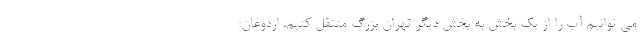
می توانیم آب را از یک بخش به بخش دیگر تهران بزرگ منتقل کنیم. اردوغان: